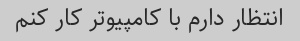
انتظار دارم با کامپیوتر کار کنم